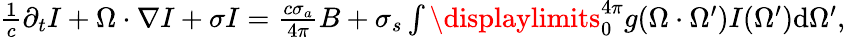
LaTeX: \begin{array}{r}{\frac{1}{c}\partial_{t}I+{\Omega}\cdot\nabla I+\sigma I=\frac{c\sigma_{a}}{4\pi}B+\sigma_{s}\int\displaylimits_{0}^{4\pi}g({\Omega}\cdot{\Omega}^{\prime})I({\Omega}^{\prime})\textrm{d}{\Omega}^{\prime},}\end{array}